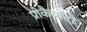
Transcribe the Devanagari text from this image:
प्रोकैर्योटों